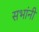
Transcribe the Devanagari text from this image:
सभांनी